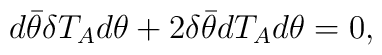
d\bar\theta\delta T_A d\theta + 2 \delta \bar\theta d T_A d\theta = 0,